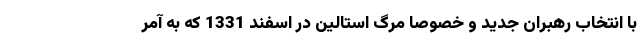
با انتخاب رهبران جدید و خصوصا مرگ استالین در اسفند 1331 که به آمر